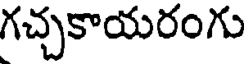
గచ్చకాయరంగు